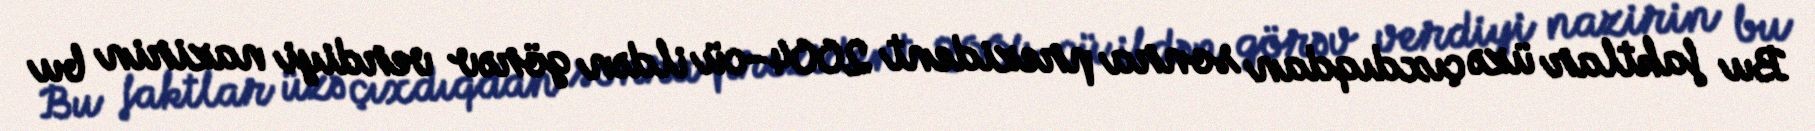
Bu faktlar üzə çıxdıqdan sonra prezident 2004-cü ildən görəv verdiyi nazirin bu